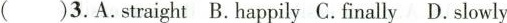
( )3.A.straight B.happily C.finally D.slowly